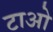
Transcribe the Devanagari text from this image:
टाओ